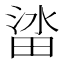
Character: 𱰷